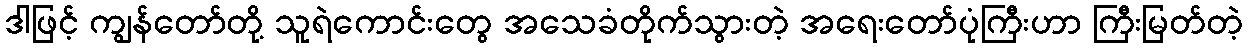
ဒါဖြင့် ကျွန်တော်တို့ သူရဲကောင်းတွေ အသေခံတိုက်သွားတဲ့ အရေးတော်ပုံကြီးဟာ ကြီးမြတ်တဲ့